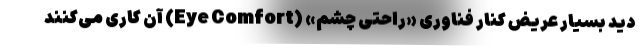
دید بسیار عریض کنار فناوری «راحتی چشم» (Eye Comfort) آن کاری می‌کنند